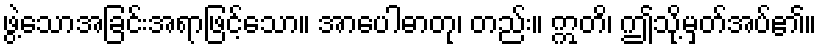
ဖွဲ့သောအခြင်းအရာဖြင့်သော။ အာပေါဓာတု၊ တည်း။ ဣတိ၊ ဤသို့မှတ်အပ်၏။